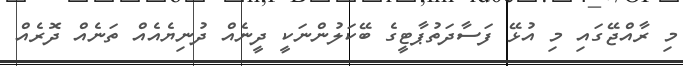
މި ރާއްޖޭގައި މި އުޅޭ ފަސާދަތުޕާޓީގެ ބޭކަލުންނަކީ ދީނެއް ދުނިޔެއެއް ތަނެއް ދޮރެއް